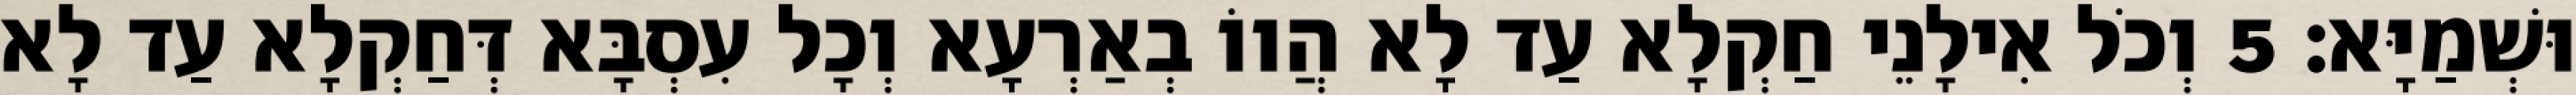
וּשְׁמַיָּא׃ 5 וְכֹל אִילָנֵי חַקְלָא עַד לָא הֲווֹ בְאַרְעָא וְכָל עִסְבָּא דְּחַקְלָא עַד לָא